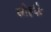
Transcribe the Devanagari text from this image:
सोहंके